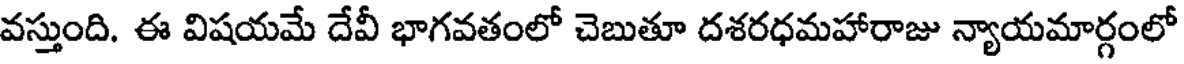
వస్తుంది. ఈ విషయమే దేవీ భాగవతంలో చెబుతూ దశరధమహారాజు న్యాయమార్గంలో